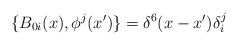
\begin{align*}\{B_{0i}(x),\phi^j(x^{\prime})\}=\delta^6(x-x^{\prime})\delta^j_i\end{align*}